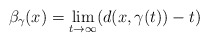
\begin{align*} \beta_\gamma(x)=\lim_{t\rightarrow\infty}(d(x,\gamma(t))-t)\end{align*}